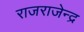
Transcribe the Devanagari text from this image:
राजराजेन्द्र